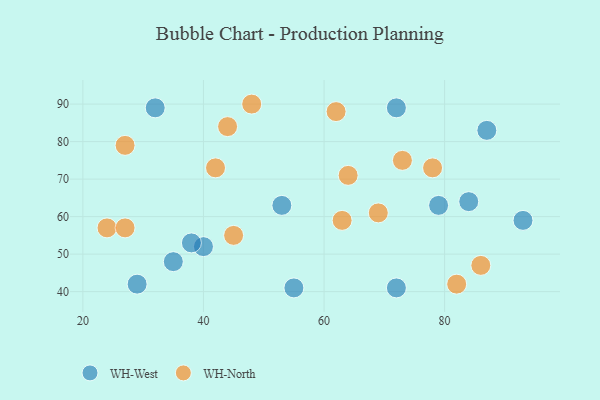
{"axis": {"x": "GDP", "y": "Life Expectancy"}, "legend": ["WH-North", "WH-West"], "data": [{"x": "87", "y": 83, "type": "WH-West"}, {"x": "72", "y": 41, "type": "WH-West"}, {"x": "93", "y": 59, "type": "WH-West"}, {"x": "72", "y": 89, "type": "WH-West"}, {"x": "40", "y": 52, "type": "WH-West"}, {"x": "55", "y": 41, "type": "WH-West"}, {"x": "38", "y": 53, "type": "WH-West"}, {"x": "53", "y": 63, "type": "WH-West"}, {"x": "29", "y": 42, "type": "WH-West"}, {"x": "32", "y": 89, "type": "WH-West"}, {"x": "79", "y": 63, "type": "WH-West"}, {"x": "35", "y": 48, "type": "WH-West"}, {"x": "84", "y": 64, "type": "WH-West"}, {"x": "73", "y": 75, "type": "WH-North"}, {"x": "48", "y": 90, "type": "WH-North"}, {"x": "24", "y": 57, "type": "WH-North"}, {"x": "27", "y": 57, "type": "WH-North"}, {"x": "27", "y": 79, "type": "WH-North"}, {"x": "62", "y": 88, "type": "WH-North"}, {"x": "45", "y": 55, "type": "WH-North"}, {"x": "63", "y": 59, "type": "WH-North"}, {"x": "44", "y": 84, "type": "WH-North"}, {"x": "86", "y": 47, "type": "WH-North"}, {"x": "69", "y": 61, "type": "WH-North"}, {"x": "42", "y": 73, "type": "WH-North"}, {"x": "82", "y": 42, "type": "WH-North"}, {"x": "78", "y": 73, "type": "WH-North"}, {"x": "64", "y": 71, "type": "WH-North"}]}